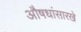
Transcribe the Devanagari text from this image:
औषधांसारखे